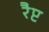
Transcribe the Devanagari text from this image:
रैप्ट